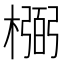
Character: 𰘰